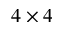
4 \times 4